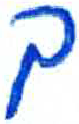
אות: ך